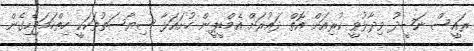
ރައީސް ނަޝީދު ވިދާޅުވީ ކުރިއަށް އޮތް ދައުރަށް އެމްޑީޕީން ހުށައަޅާ ސިޔާސަތުތަކަކީ ހިތްހަމަޖެހިގެން